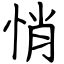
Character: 悄